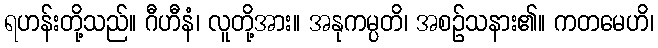
ရဟန်းတို့သည်။ ဂီဟီနံ၊ လူတို့အား။ အနုကမ္ပတိ၊ အစဉ်သနား၏။ ကတမေဟိ၊